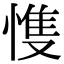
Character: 愯